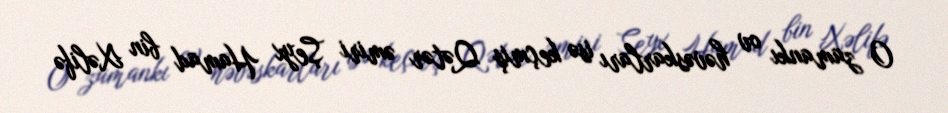
O zamankı ov həvəskarları isə keçmiş Qətər əmiri Şeyx Hamad bin Xəlifə